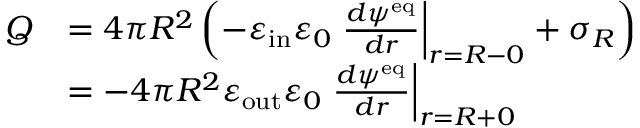
\begin{array} { r l } { Q } & { = 4 \pi R ^ { 2 } \left( - \varepsilon _ { \mathrm { i n } } \varepsilon _ { 0 } \left. \frac { d \psi ^ { \mathrm { e q } } } { d r } \right| _ { r = R - 0 } + \sigma _ { R } \right) } \\ & { = - 4 \pi R ^ { 2 } \varepsilon _ { \mathrm { o u t } } \varepsilon _ { 0 } \left. \frac { d \psi ^ { \mathrm { e q } } } { d r } \right| _ { r = R + 0 } } \end{array}